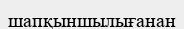
шапқыншылығанан